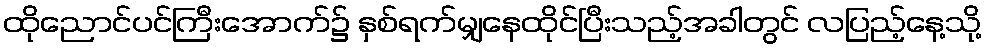
ထိုညောင်ပင်ကြီးအောက်၌ နှစ်ရက်မျှနေထိုင်ပြီးသည့်အခါတွင် လပြည့်နေ့သို့